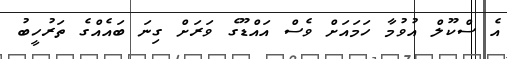
އެ ސްކޫލް އުވުމާ ހަމައަށް ވެސް އައްޑޫގެ ވަރަށް ގިނަ ބައެއްގެ ތަރުހީބު